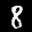
Label: 8